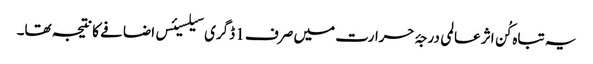
یہ تباہ کُن اثر عالمی درجۂ حرارت میں صرف 1 ڈگری سیلسیئس اضافے کا نتیجہ تھا۔